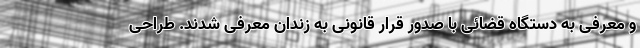
و معرفی به دستگاه قضائی با صدور قرار قانونی به زندان معرفی شدند. طراحی